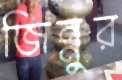
জিন্নুর